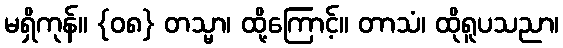
မရှိကုန်။ {၀၈} တသ္မာ၊ ထို့ကြောင့်။ တာသံ၊ ထိုရူပသညာ၊